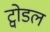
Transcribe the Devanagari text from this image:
ट्वोडल